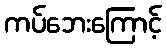
ကပ်ဘေးကြောင့်